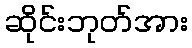
ဆိုင်းဘုတ်အား